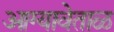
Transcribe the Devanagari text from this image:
आग्यावेताळ